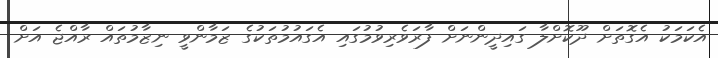
އެކަމަކު އެގޮތަށް ދޫކޮށްލާ ގައިދީންނަށް ފާރަވެރިވުމުގައި އެގައުމުތަކުގެ ޒަމާންވީ ނިޒާމުތައް ރާއްޖެ އަށް